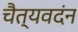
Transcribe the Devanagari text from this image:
चैत्यवदंन